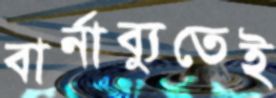
বার্নাব্যুতেই